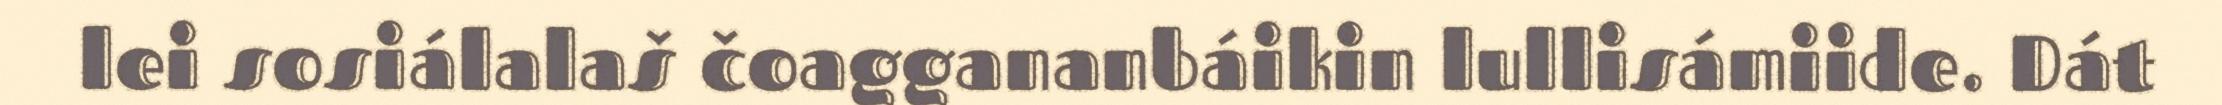
lei sosiálalaš čoaggananbáikin lullisámiide. Dát